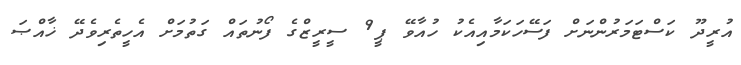
އުރީދޫ ކަސްޓަމަރުންނަށް ފަސޭހަކަމާއިއެކު ހުއާވޭ ޕީ9 ސީރީޒްގެ ފޯނުތައް ގަތުމަށް އެހީތެރިވެދޭ ޚާއްޞަ